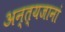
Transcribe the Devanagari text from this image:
अन्त्यजानां